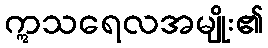
ဣသရေလအမျိုး၏